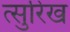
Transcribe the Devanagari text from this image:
त्सुरिख